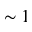
\sim 1